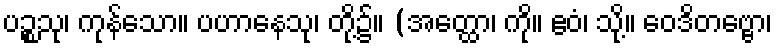
ပဉ္စသု၊ ကုန်သော။ ပဟာနေသု၊ တို့၌။ (အတ္ထော၊ ကို။ ဧဝံ၊ သို့။ ဝေဒိတဗ္ဗော၊